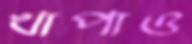
খাপাও